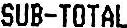
SUB-TOTAL